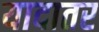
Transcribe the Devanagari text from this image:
यादातर